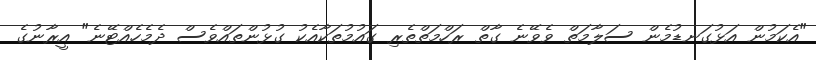
"އެކަމުން އަޅުގަނޑުމެން ސަލާމަތް ވެވޭނެ ގާތް ރަހްމަތްތެރި ގައުމުތަކާއެކު ގުޅުންތައްވެސް ދެމެހެއްޓޭނެ" އީރާނުގެ